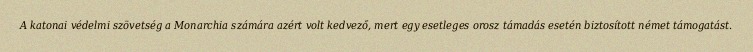
A katonai védelmi szövetség a Monarchia számára azért volt kedvező, mert egy esetleges orosz támadás esetén biztosított német támogatást.